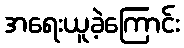
အရေးယူခဲ့ကြောင်း